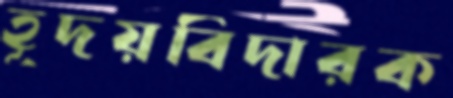
হূদয়বিদারক